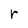
Character: r